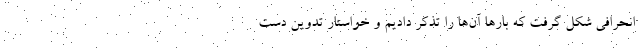
انحرافی شکل گرفت که بارها آن‌ها را تذکر دادیم و خواستار تدوین دست